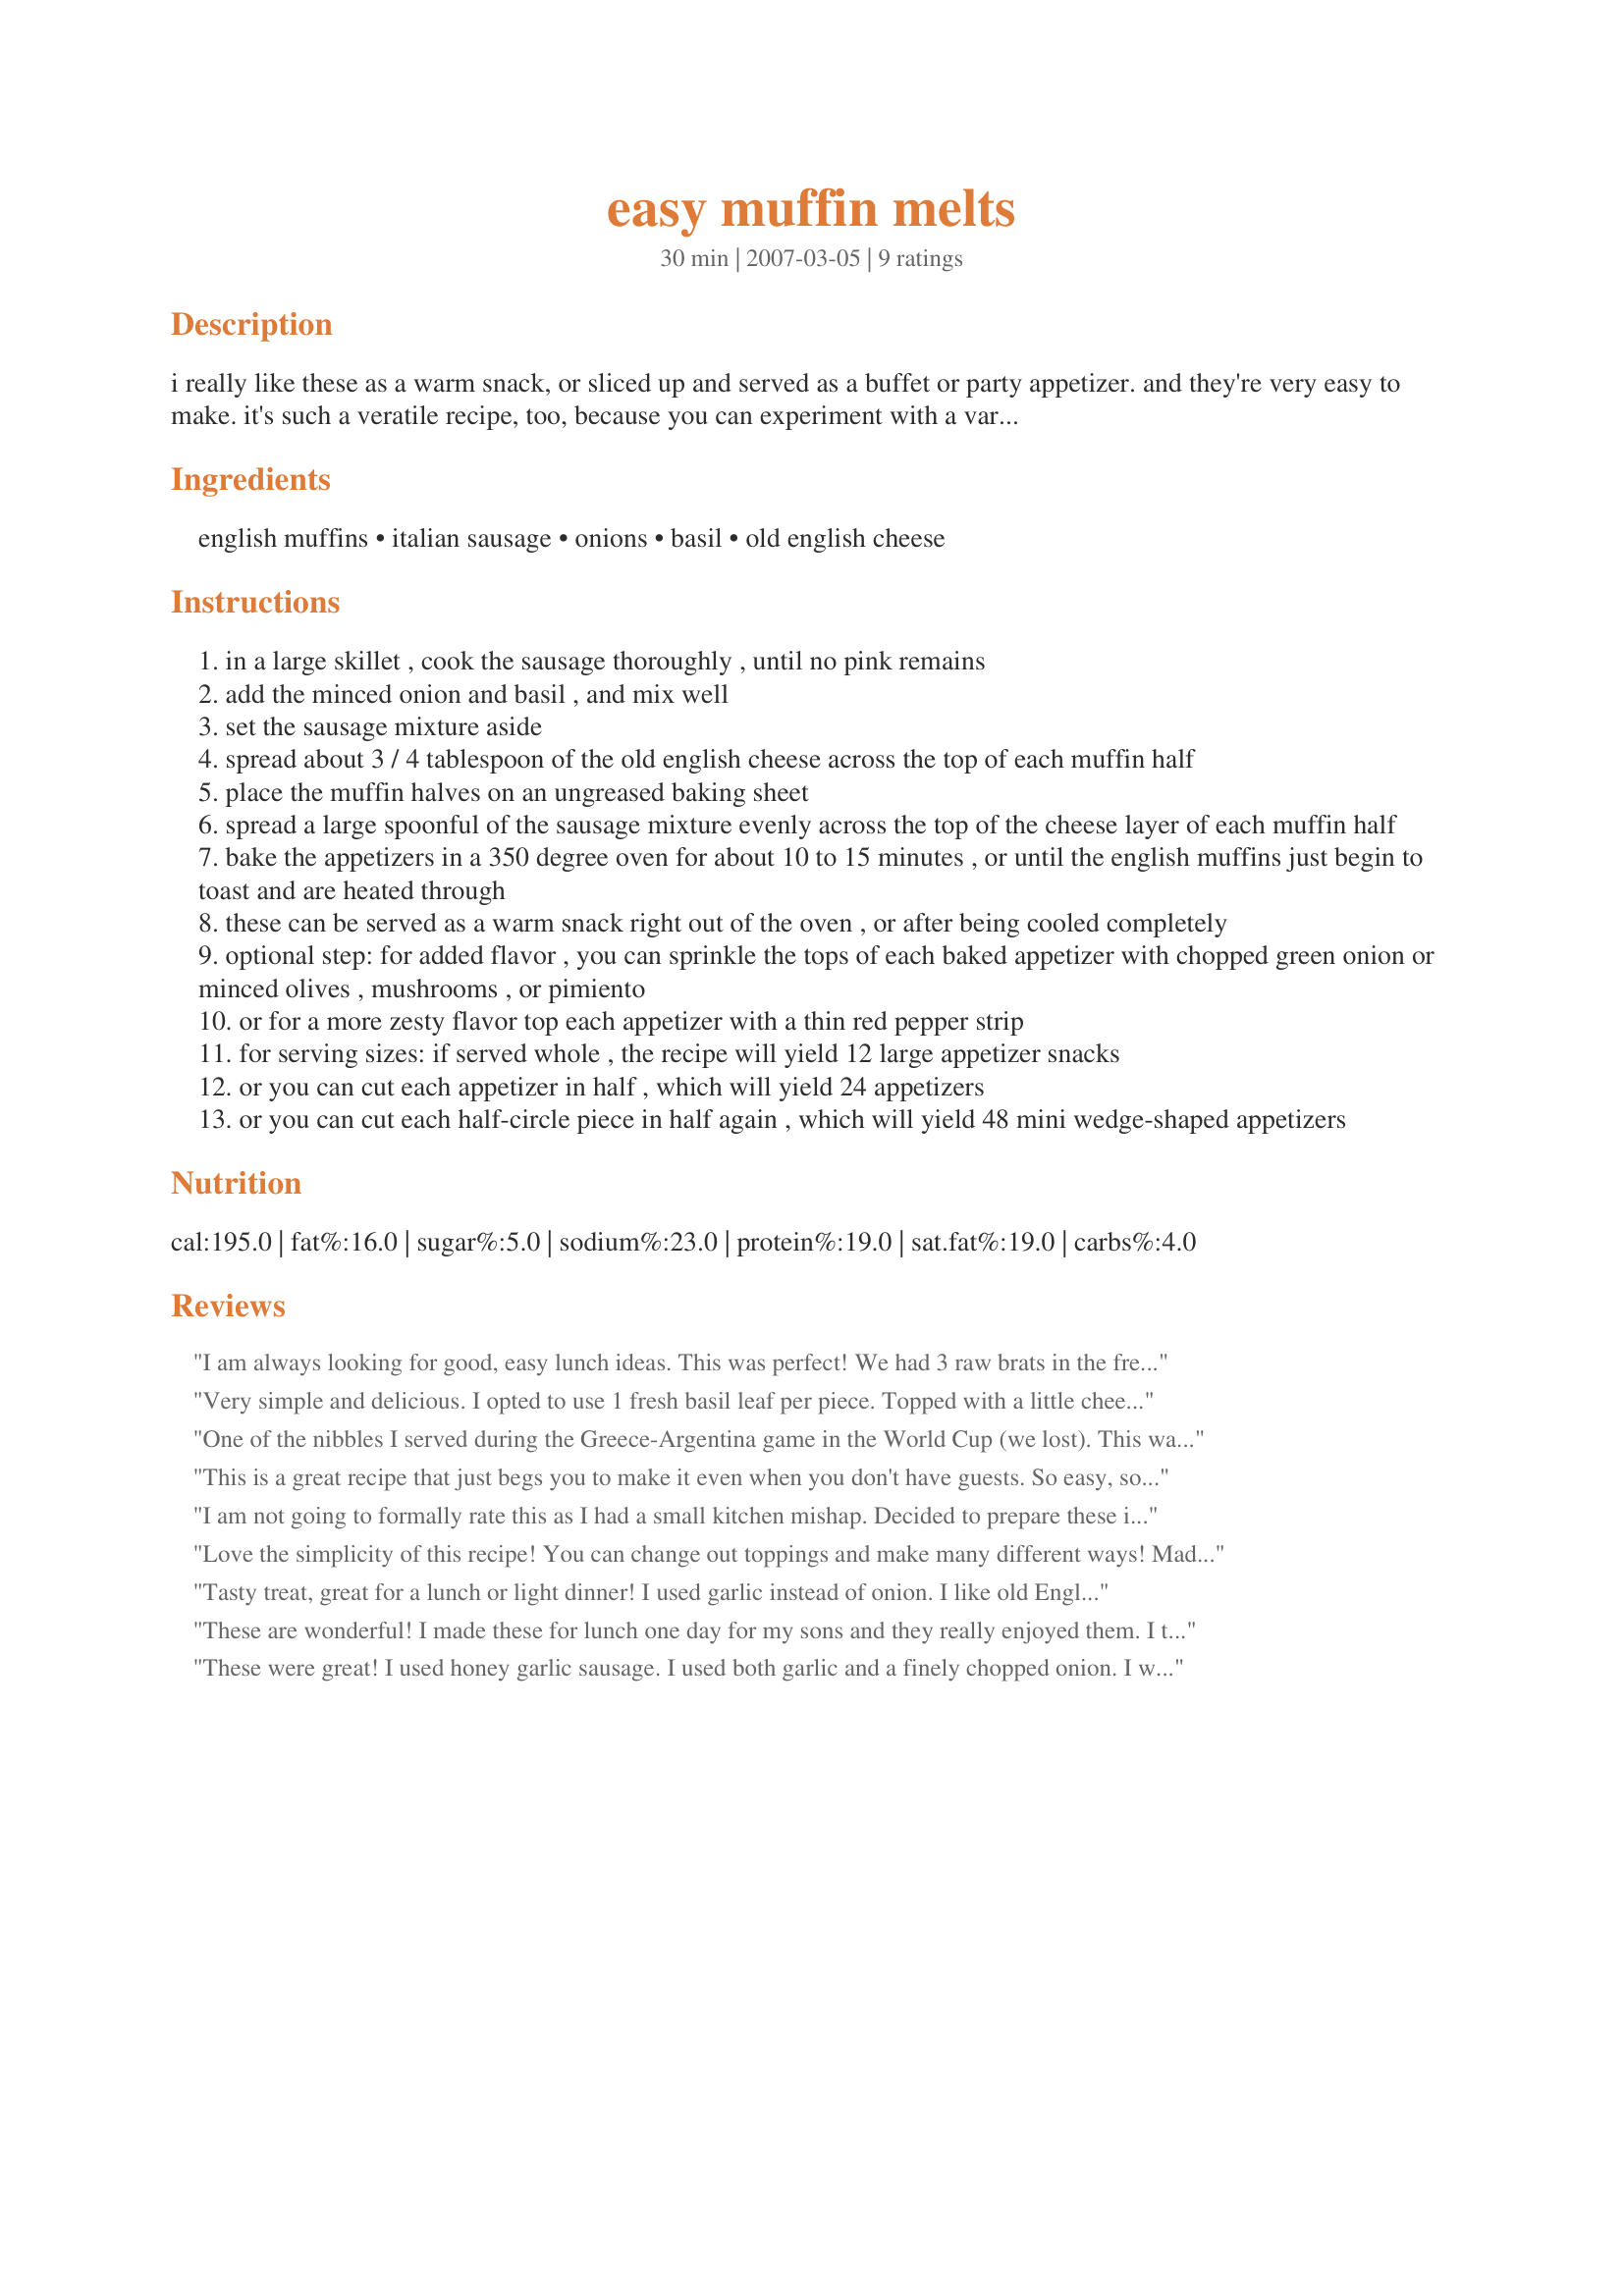
easy muffin melts
Preparation time: 30 minutes

i really like these as a warm snack, or sliced up and served as a buffet or party appetizer. and they're very easy to make. it's such a veratile recipe, too, because you can experiment with a variety of spice and vegetable garnish combinations. the original recipe, as given to me by a friend, called for minced onion. but my husband and i like garlic, so i replaced the onion with minced garlic, which is how i always make these appetizers now.

Ingredients:
english muffins, italian sausage, onions, basil, old english cheese

Steps:
in a large skillet , cook the sausage thoroughly , until no pink remains
add the minced onion and basil , and mix well
set the sausage mixture aside
spread about 3 / 4 tablespoon of the old english cheese across the top of each muffin half
place the muffin halves on an ungreased baking sheet
spread a large spoonful of the sausage mixture evenly across the top of the cheese layer of each muffin half
bake the appetizers in a 350 degree oven for about 10 to 15 minutes , or until the english muffins just begin to toast and are heated through
these can be served as a warm snack right out of the oven , or after being cooled completely
optional step: for added flavor , you can sprinkle the tops of each baked appetizer with chopped green onion or minced olives , mushrooms , or pimiento
or for a more zesty flavor top each appetizer with a thin red pepper strip
for serving sizes: if served whole , the recipe will yield 12 large appetizer snacks
or you can cut each appetizer in half , which will yield 24 appetizers
or you can cut each half-circle piece in half again , which will yield 48 mini wedge-shaped appetizers

Reviews:
I am always looking for good, easy lunch ideas. This was perfect! We had 3 raw brats in the freezer, so I cooked up that meat with garlic powder, dried minced onions and basil. I didn't have the cheese, so I spread a tiny bit of veg. flavored cream cheese, topped with the meat and sprinkled with shredded cheese. Very yummy! I put chopped mushrooms on one and chopped red pepper on another for me and it really gave it a nice flavor. Made for Kid Friendly Tag and it was! :) Gobbled down too quick for a photo, but will try next time.
Very simple and delicious. I opted to use 1 fresh basil leaf per piece. Topped with a little cheese. Made for April&#039;s Tag Game ~ La Albahaca ~ Basil
One of the nibbles I served during the Greece-Argentina game in the World Cup (we lost). This was good and easy. I browned the sausage earlier this evening and set it aside in the fridge. Assembly was quick and painless. Tasty. Thanks.
This is a great recipe that just begs you to make it even when you don't have guests. So easy, so delicious, you will wonder why you hadn't made these before. As suggested by a previous reviewer, I had veggie sausage crumbles in the freezer so used this along with onion and also had the Kraft English Cheese just sitting there patiently waiting to be used. This was just terrific and I even added some red peppers to the top on the last 4 minutes of sitting in the oven. I toasted my muffins, lightly, in the toaster first, put on cheese, added sausage/onion mix. Put into oven for 8 minutes total and turned out great. Thanks, NorthwestGal, loved it! Made for *TicTacToe* Tag Game Fall 2008.
I am not going to formally rate this as I had a small kitchen mishap. Decided to prepare these in the toaster oven and in less than 10 minutes they were overly toasted, just a minute before charred. Despite that, I really liked these as a quick and effortless dinner after a late night. I used vegetarian sausage crumbles and whole wheat English muffins and really liked the way the cheese blended with the sausage flavor. On one half I added a slice of plum tomato (fresh picked) and found that a bright addition that did well with the basil. Will make these again soon and be more careful about the cooking. Thanks!
Love the simplicity of this recipe! You can change out toppings and make many different ways! Made for Football Pool 2013.
Tasty treat, great for a lunch or light dinner! I used garlic instead of onion. I like old English cheese and thought it went well with the sausage. Enjoyed this with soup for a nice light supper - thanks for sharing the recipe! Made for ZWT6, Zwizzle Chicks
These are wonderful! I made these for lunch one day for my sons and they really enjoyed them. I tried them as well and I loved them too! I did use half hot Italian sausage and half mild Italian sausage. Thanks for sharing!
These were great! I used honey garlic sausage. I used both garlic and a finely chopped onion. I was surprised with how filling these were! We ate them as a meal.
